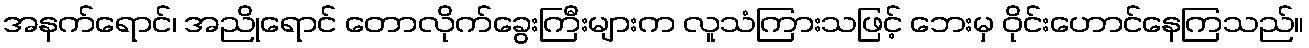
အနက်ရောင်၊ အညိုရောင် တောလိုက်ခွေးကြီးများက လူသံကြားသဖြင့် ဘေးမှ ဝိုင်းဟောင်နေကြသည်။